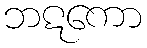
ဘဋကော